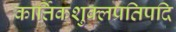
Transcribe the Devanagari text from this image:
कार्त्तिकशुक्लप्रतिपदि